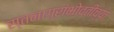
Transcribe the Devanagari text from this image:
स्तनाग्रांभोवतीच्या